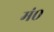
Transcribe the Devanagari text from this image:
मं०